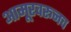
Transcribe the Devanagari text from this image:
आमूरवरूनच